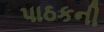
પાઠકની